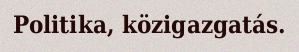
Politika, közigazgatás.